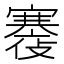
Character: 𡫪